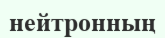
нейтронның